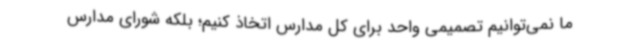
ما نمی‌توانیم تصمیمی واحد برای کل مدارس اتخاذ کنیم؛ بلکه شورای مدارس